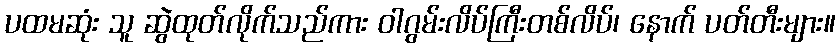
ပထမဆုံး သူ ဆွဲထုတ်လိုက်သည်ကား ဝါဂွမ်းလိပ်ကြီးတစ်လိပ်၊ နောက် ပတ်တီးများ။